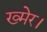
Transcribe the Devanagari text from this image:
ख्मेर।